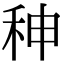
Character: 𥞁